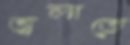
জ্বলাতে